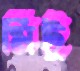
মিটু